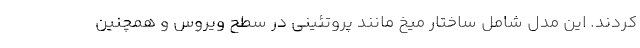
کردند. این مدل شامل ساختار میخ مانند پروتئینی در سطح ویروس و همچنین